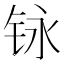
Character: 𮸃